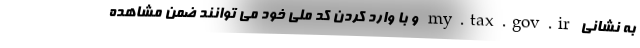
به نشانی my.tax.gov.ir و با وارد کردن کد ملی خود می توانند ضمن مشاهده